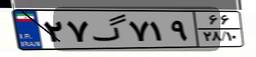
۲۷گ۷۱۹۶۶